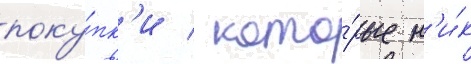
поку́пк'и / кото́рые н'и́к